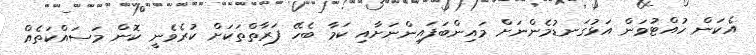
އެކަން ހުއްޓުވަން އަޅުގަނޑުމެންނަށް މައިންބަފައިންނަށާއި ކަމާ ބެހޭ ފަރާތްތަކަށް ކުރެވެނީ ކޮން މަސައްކަތެއް